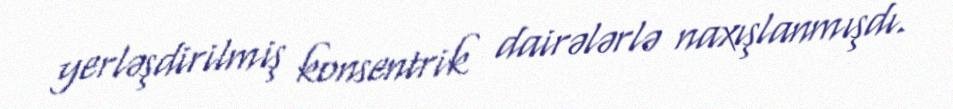
yerləşdirilmiş konsentrik dairələrlə naxışlanmışdı.